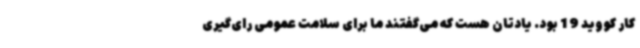
کار کووید 19 بود. یادتان هست که می‌گفتند ما برای سلامت عمومی رای‌گیری